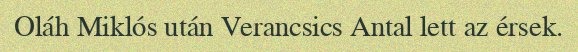
Oláh Miklós után Verancsics Antal lett az érsek.